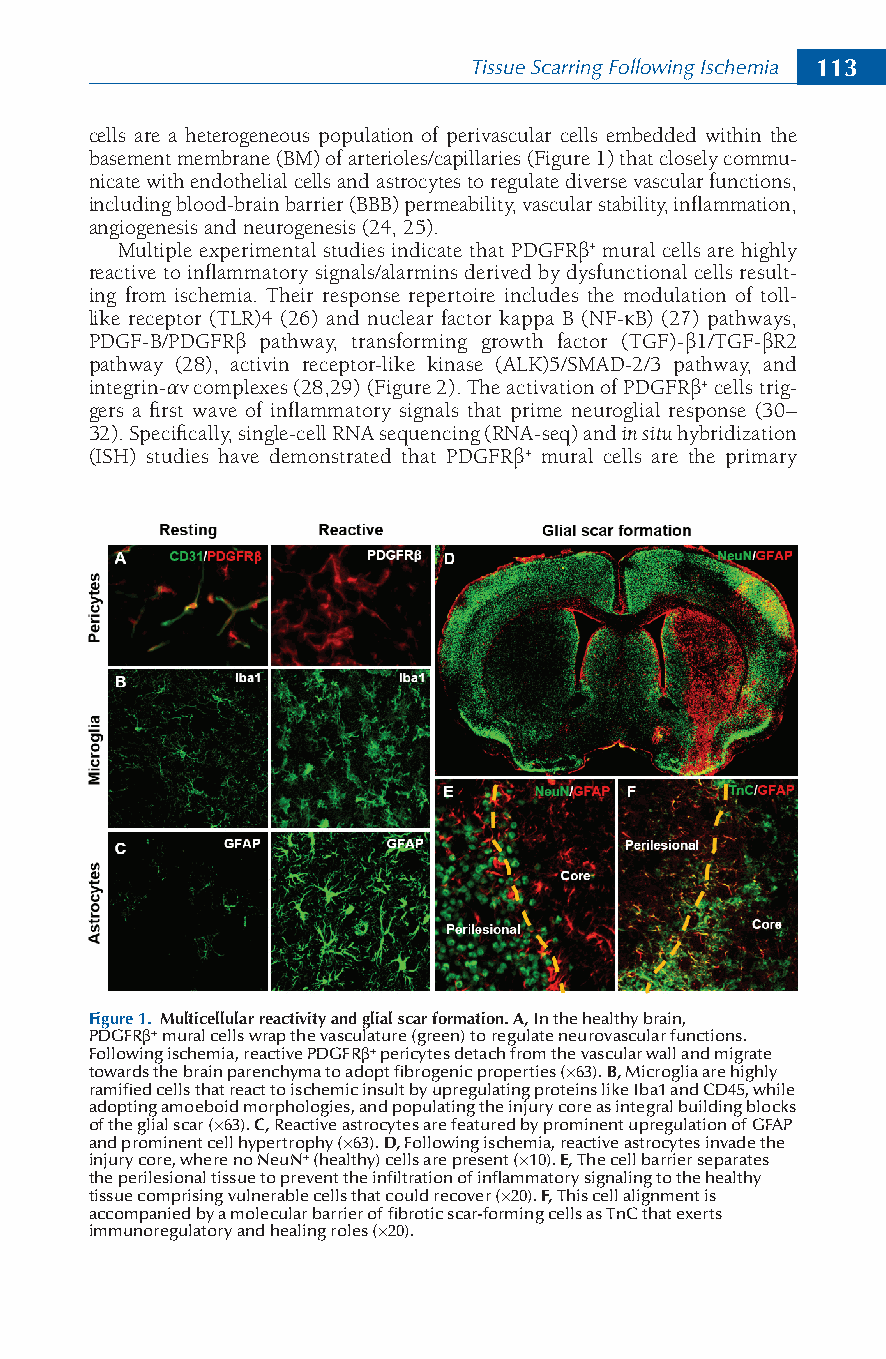
Tissue Scarring Following Ischemia 113
 cells are a heterogeneous population of perivascular cells embedded within the
 basement membrane (BM) of arterioles/capillaries (Figure 1) that closely commu-
 nicate with endothelial cells and astrocytes to regulate diverse vascular functions,
 including blood-brain barrier (BBB) permeability, vascular stability, inflammation,
 angiogenesis and neurogenesis (24, 25).
 Multiple experimental studies indicate that PDGFRβ+ mural cells are highly
 reactive to inflammatory signals/alarmins derived by dysfunctional cells result-
 ing from ischemia. Their response repertoire includes the modulation of toll-
 like receptor (TLR)4 (26) and nuclear factor kappa B (NF-κB) (27) pathways,
 PDGF-B/PDGFRβ pathway, transforming growth factor (TGF)-β1/TGF-βR2
 pathway (28), activin receptor-like kinase (ALK)5/SMAD-2/3 pathway, and
 integrin-αv complexes (28,29) (Figure 2). The activation of PDGFRβ+ cells trig-
 gers a first wave of inflammatory signals that prime neuroglial response (30–
 32). Specifically, single-cell RNA sequencing (RNA-seq) and in situ hybridization
 (ISH) studies have demonstrated that PDGFRβ+ mural cells are the primary
 Figure 1. Multicellular reactivity and glial scar formation. A, In the healthy brain,
 PDGFRβ+ mural cells wrap the vasculature (green) to regulate neurovascular functions.
 Following ischemia, reactive PDGFRβ+ pericytes detach from the vascular wall and migrate
 towards the brain parenchyma to adopt fibrogenic properties (×63). B, Microglia are highly
 ramified cells that react to ischemic insult by upregulating proteins like Iba1 and CD45, while
 adopting amoeboid morphologies, and populating the injury core as integral building blocks
 of the glial scar (×63). C, Reactive astrocytes are featured by prominent upregulation of GFAP
 and prominent cell hypertrophy (×63). D, Following ischemia, reactive astrocytes invade the
 injury core, where no NeuN+ (healthy) cells are present (×10). E, The cell barrier separates
 the perilesional tissue to prevent the infiltration of inflammatory signaling to the healthy
 tissue comprising vulnerable cells that could recover (×20). F, This cell alignment is
 accompanied by a molecular barrier of fibrotic scar-forming cells as TnC that exerts
 immunoregulatory and healing roles (×20).